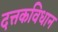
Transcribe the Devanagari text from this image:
दत्तकविधान